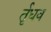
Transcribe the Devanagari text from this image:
र्तृधव